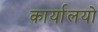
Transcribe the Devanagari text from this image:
कार्यालयो